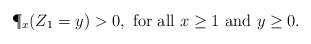
LaTeX: \begin{align*}\P_x(Z_1 = y) > 0, \mbox{ for all $x \geq 1$ and $y \geq 0$}.\end{align*}